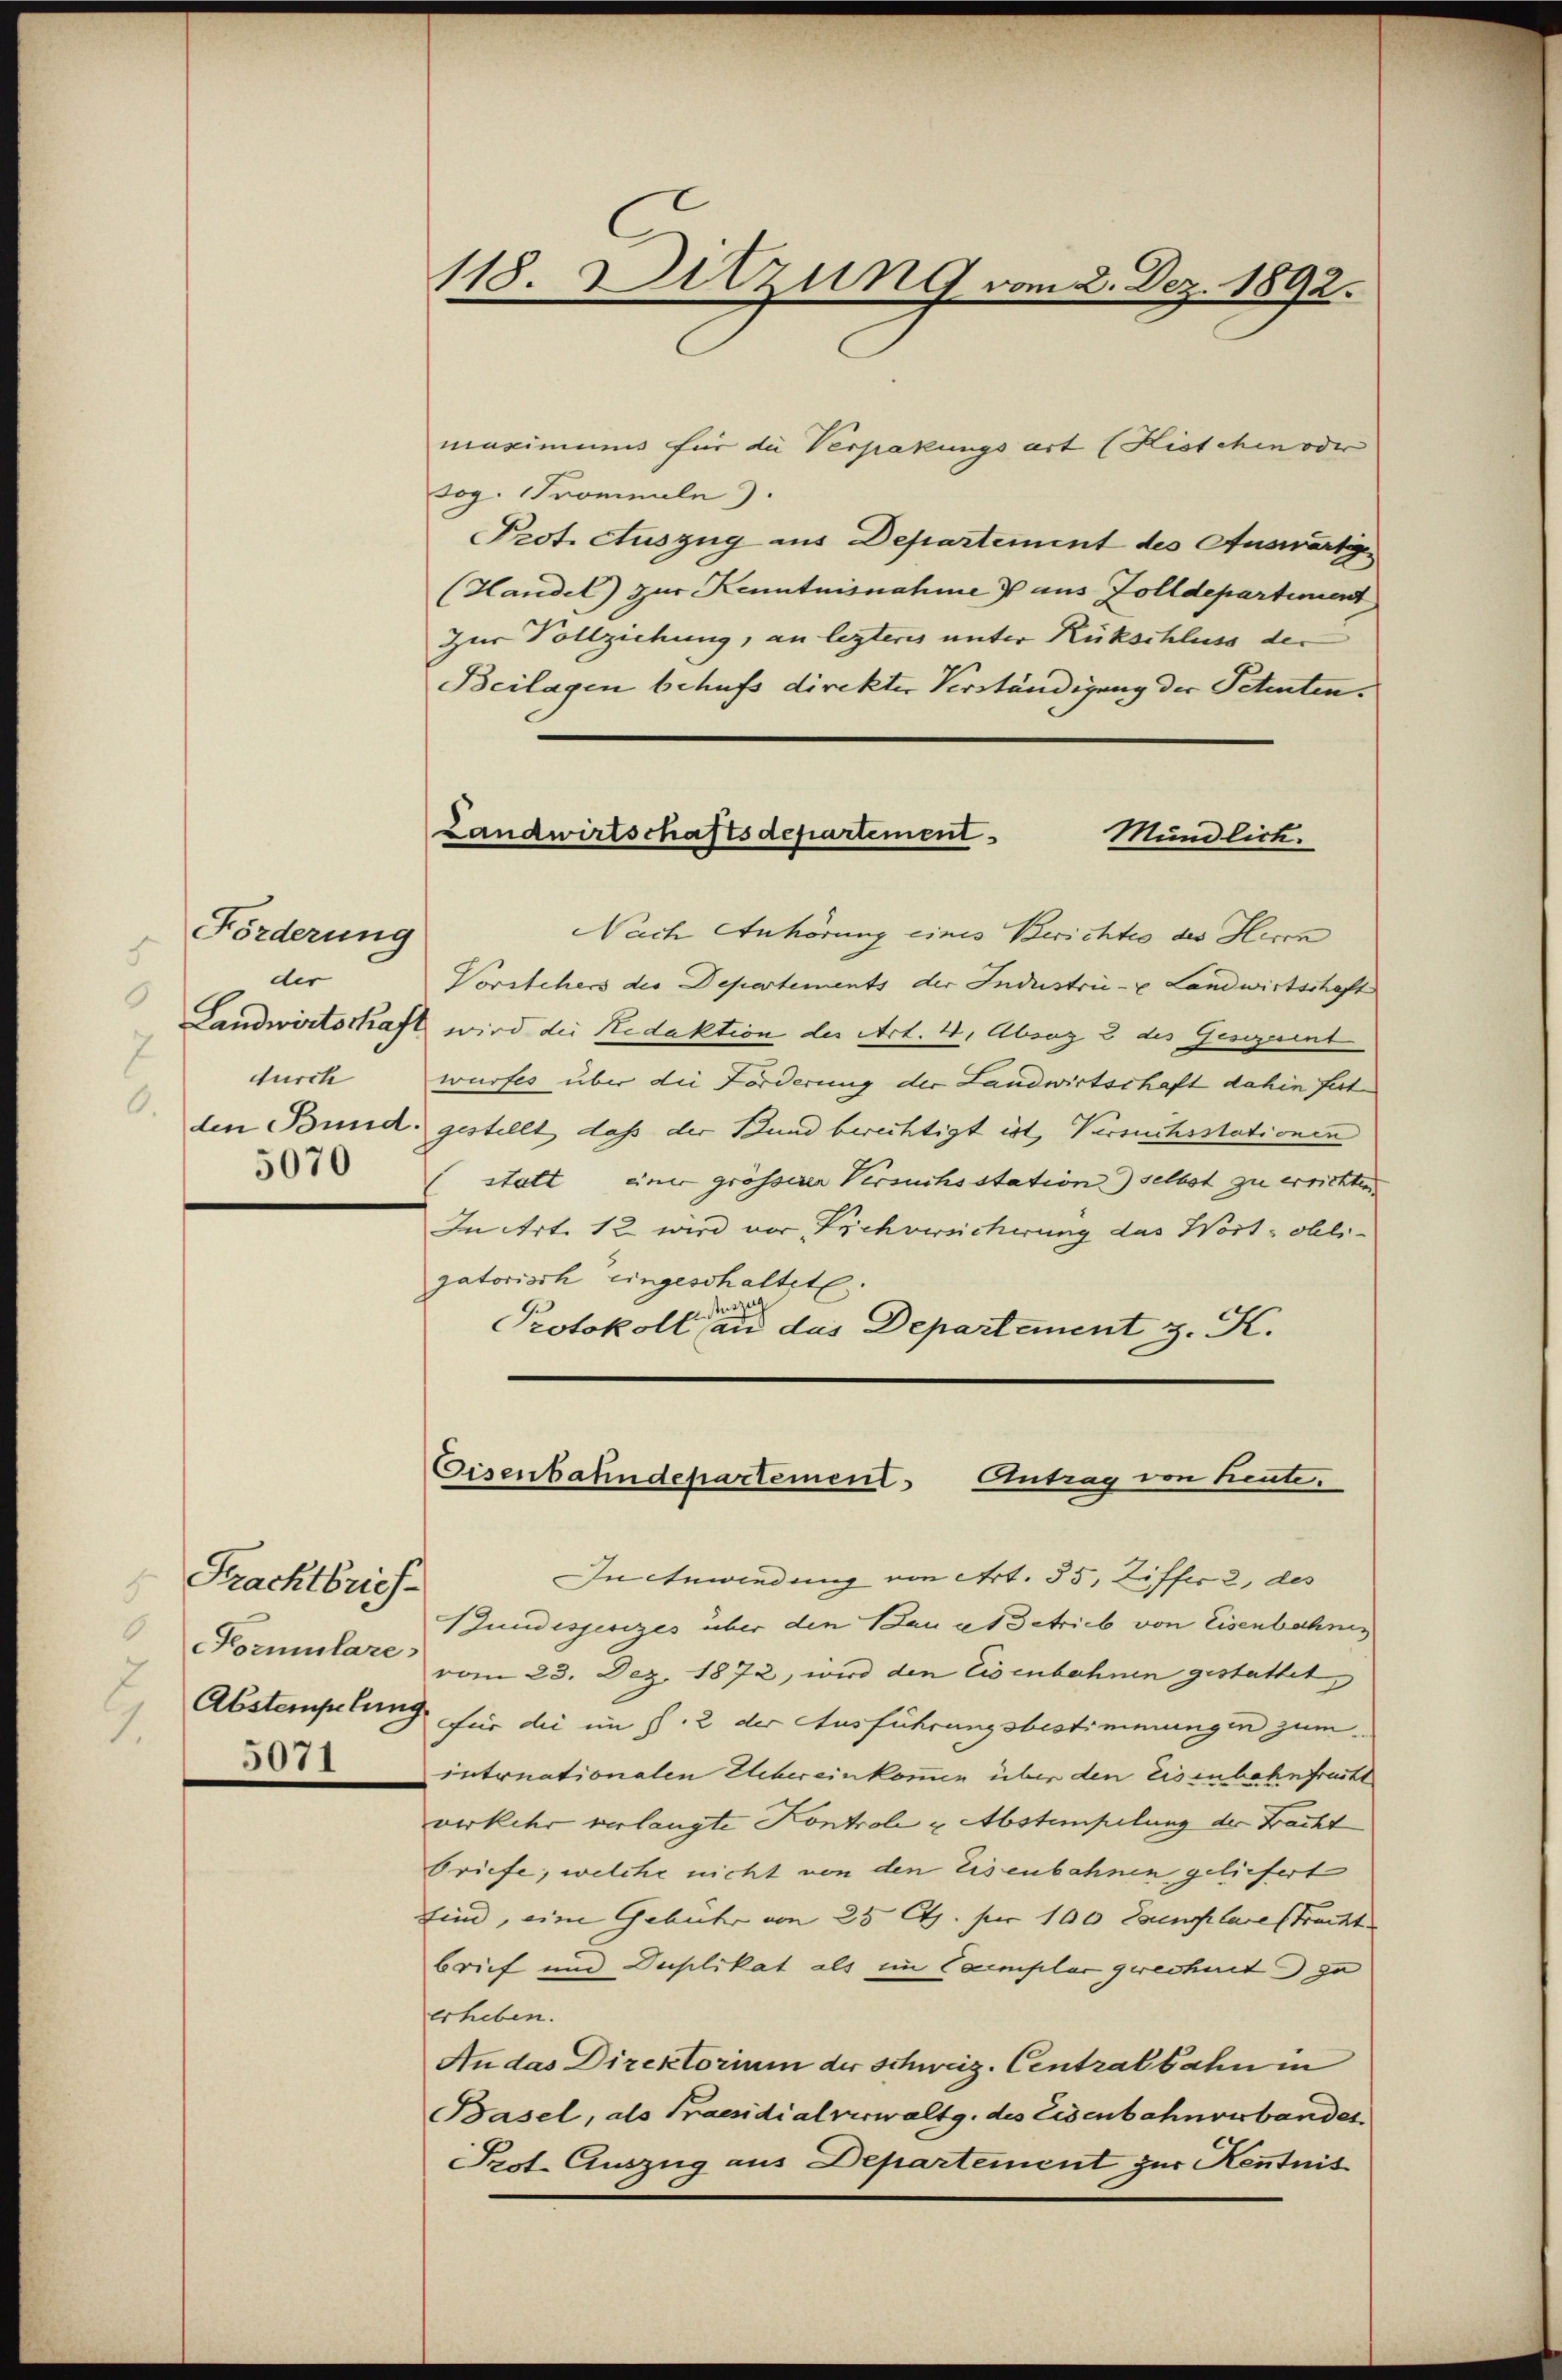
Förderung
s
dis
.
2
durch
5070

Frachtbrief
5071

118. Ditzung vom 2. Dez. 1892.

Landwirtschaftsdepartement
Mündlich.

maximinus für die Verpakungsart (Kistchen oder
sog. Promenle).
Prot. Auszug aus Departement des Auswärtige
(Handel) zur Kenntnisnahme & aus Zolldepartement
Zur Vollziehung, an lezteres unter Rückschluss der
Beilagen behufs direkter Verständigung der Petenten.
Nach Anhörung eines Berichtio des Herc
Vorstehers der Departements der Industrie- u Landwirtschaft
Landwirtschaft wird die Redaktion der Art. 4, Absaz 2 des Gesezerent
wurfes über die Forderung der Landwirtschaft dahin fest
den Bund gestellt, daß der Bund berichtigt ist, Versuchsstationen
statt einer grösserer Versuchsstation) selbst zu errichten.
In Art. 12 wird vor Pichversicherung das Wort obli-
gatorisch eingeschaltete.
Protokoll an das Departement z. K.

Eisenbahndepartement Antrag von heute.

In Anwiedung von Art. 35, Ziffer 2, des
Sundissesizes über den Bau et Betrieb von Eisenbahnen
Formulare vom 23. Dez. 1872, wird den Eisenbahnen gestattet,
Abstempelung für die im §. 2 der Ausführungsbestimmungen zum
intonationalen Uebereinkommen über den eisenbahnfrucht
verkehr verlangte Kontrole u Abstempelung der Fracht
briefe, welche nicht von den Eisenbahnen geliefert
sind, eine Gebühr von 25 Cts. pr 100 Exemplare stracht
brief und Duplikat als ein Exemplar gerechnet ja
erheben.
An das Direktorium der schweiz. Centralbahnen
Basel, als Praesidialverwaltg. des Eisenbahnverbander
Prot. Auszug aus Departement zur Kenntnis